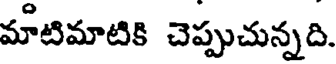
మౌటిమాటికి చెప్పుచున్నది.